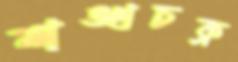
শঙ্খচক্র